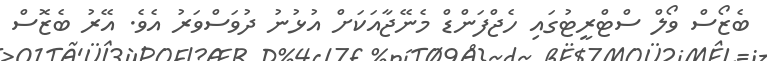
ބެޒޯސް ވޯލް ސްޓްރީޓުގައި ހެޖްފަންޑް މެނޭޖާއަކަށް އުޅުނު ދުވަސްވަރު އެވެ. އޭރު ބެޒޮސް